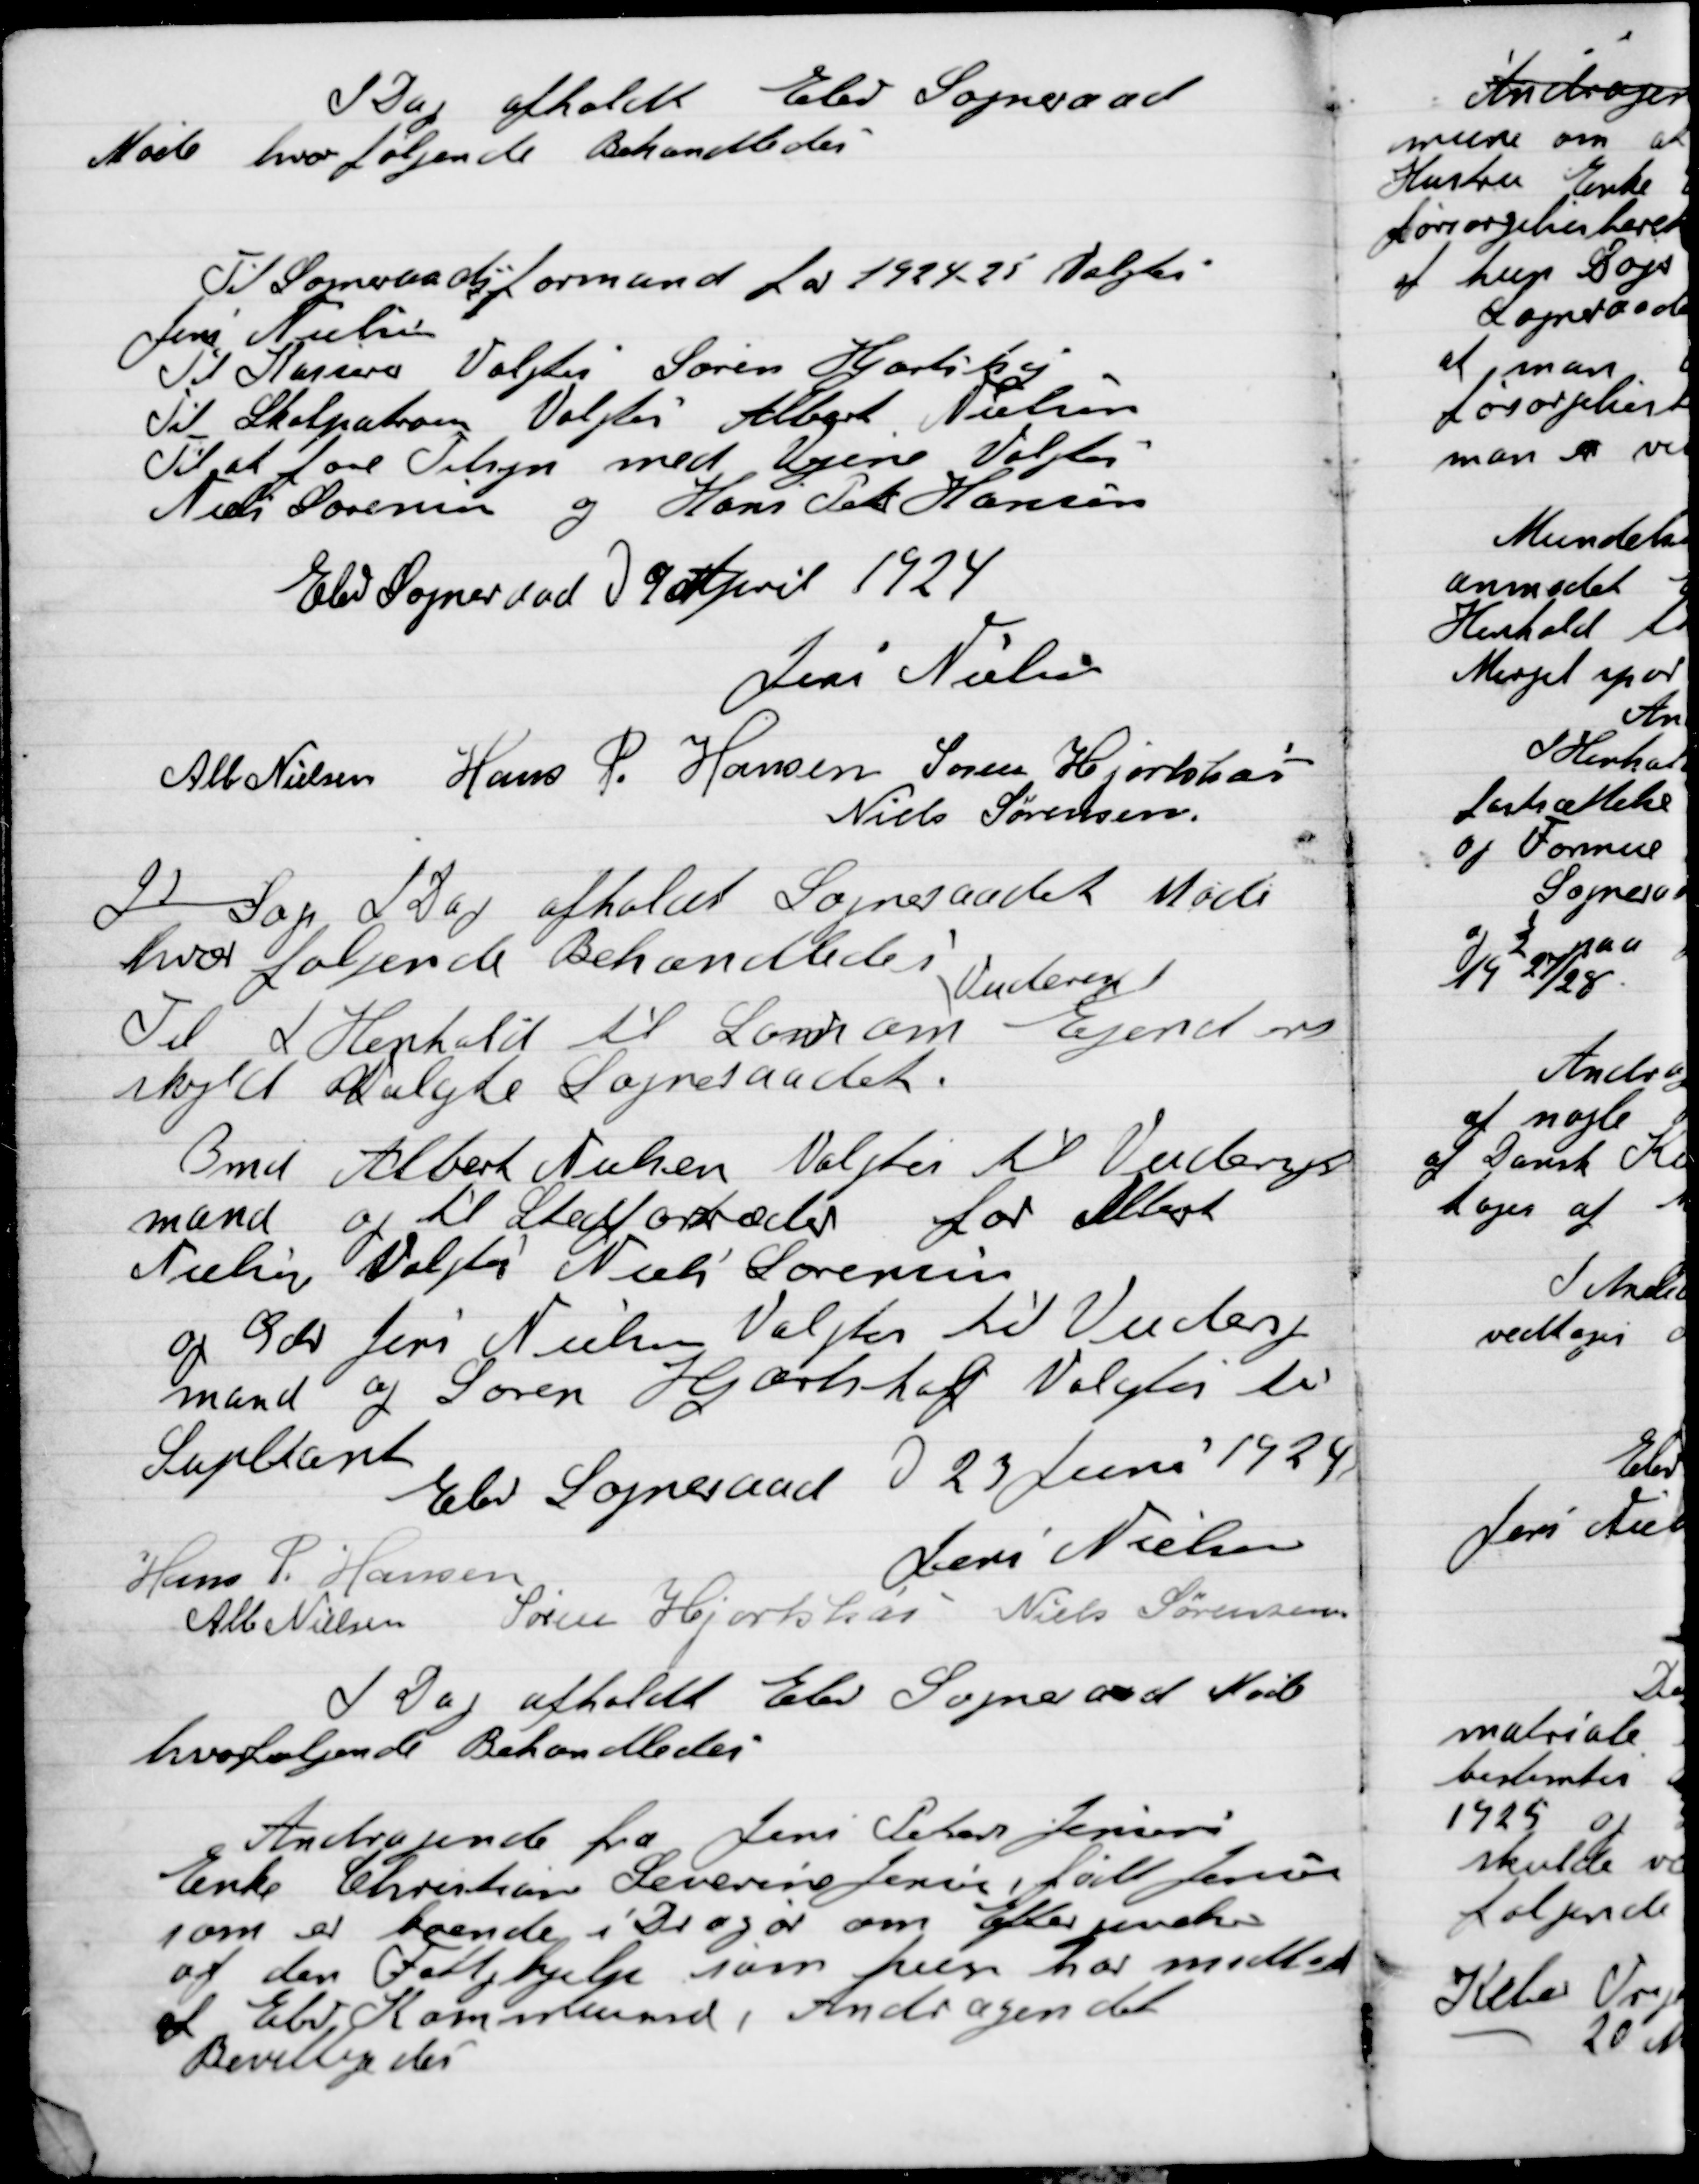
Transskription:
I Dag afholdt Elev Sogneraad
Møde hvor følgende Behandledes

Til Sogneraadsformand for 1924-25 Valgtes
Jens Nielsen.
Til Kasserer Valgtes Søren Hjortshøj
Til Skolepatron Valgtes Albert Nielsen
Til at føre Tilsyn med Vejene Valgtes
Niels Sørensen og Hans Peter Hansen.

Elev Sogneraad D. 9 September 1924

Jens Nielsen
Alb. Nielsen
Hans P. Hansen
Søren Hjortshøi
Niels Sørensen

I Sep. I Dag afholdt Sogneraadet Møde
hvor følgende Behandledes.
Til I Henhold til Lov om
Vurderet
Ejendoms-
Skyld Valgte Sogneraadet
Bmd. Albert Nielsen Valtes til Vurderings-
mand og til Stedfortræder for Albert
Nielsen Valgtes Niels Sørensen
og Gdr. Jens Nielsen Valgtes til Vurderings-
mand og Søren Hjortshøj Valgtes til
Suppleant.

Eles Sogneraad D. 23 Juni 1924

Jens Nielsen
Hans P. Hansen
Alb. Nielsen
Søren Hjortshøi
Niels Sørensen

I Dag afholdt Elev Sogneraad Møde
Hvor følende Behandledes.

Andragende fra Jens Peter Jensens
Enke Christiane Severine Jensen født Jensen
som er boende i Dragør om Efterpension
af den Fattighjælp som hun har modtaget
af Elev Kommune, Andragendet
Bevilgedes.